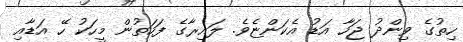
ހިތުގެ ވިންދު ޖަހާ އަޑު އެކަންޏެވެ. ލައިރާގެ ފަހަތުން މީހަކު ހޭ އަޑާއި